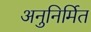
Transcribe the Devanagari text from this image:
अनुनिर्मित